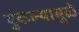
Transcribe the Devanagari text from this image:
थुंकल्यामुळे